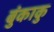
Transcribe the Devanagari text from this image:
बुंकाकु